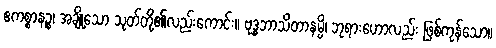
ဧကစ္စာနဉ္စ၊ အချို့သော သုတ်တို့၏လည်းကောင်း။ ဗုဒ္ဓဘာသိတာနမ္ပိ၊ ဘုရားဟောလည်း ဖြစ်ကုန်သော။